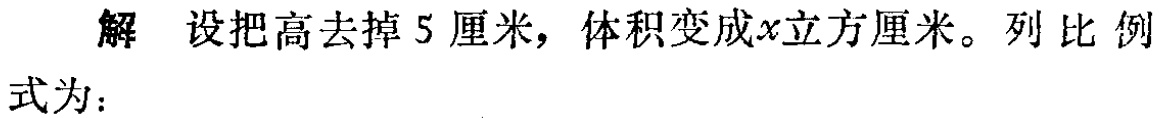
解 设把高去掉 5 厘米，体积变成\(x\)立方厘米。列比例式为：